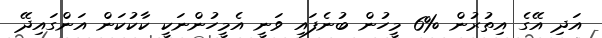
އަދި އޭގެ އިތުރުން %6 މީހުން ބުނެފައި ވަނީ އެމީހުންނަކީ ކާކުކަން އަންގައިދޭ